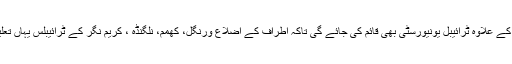
کاٹن ریسرچ سنٹر کے علاوہ ٹرائیبل یونیورسٹی بھی قائم کی جائے گی تاکہ اطراف کے اضلاع ورنگل، کھمم، نلگنڈہ ، کریم نگر کے ٹرائیبلس یہاں تعلیم حاصل کرسکیں۔